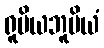
ရူပိယဘူမိယံ